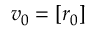
v _ { 0 } = \left[ r _ { 0 } \right]